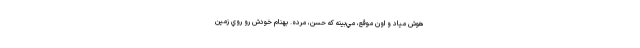
هوش مياد و اون موقع، مي‌بينه كه حسن، مرده. بهنام خودش رو روي زمين